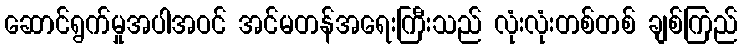
ဆောင်ရွက်မှုအပါအဝင် အင်မတန်အရေးကြီးသည် လုံးလုံးတစ်တစ် ချစ်ကြည်